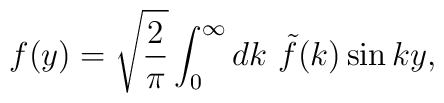
f(y)=\sqrt{\frac{2}{\pi}} \int_0^{\infty} dk\ \tilde{f}(k)    \sin ky,